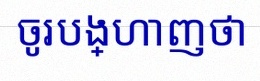
ចូរបង្ហាញថា